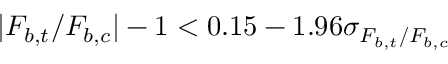
| F _ { b , t } / F _ { b , c } | - 1 < 0 . 1 5 - 1 . 9 6 \sigma _ { F _ { b , t } / F _ { b , c } }